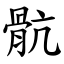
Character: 骯